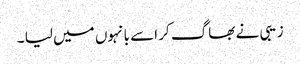
زیبی نے بھاگ کر اسے بانہوں میں لیا ۔